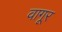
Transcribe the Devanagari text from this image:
वागूर